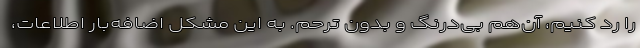
را رد کنیم، آن‌هم بی‌درنگ و بدون ترحم. به این مشکلِ اضافه‌بار اطلاعات،